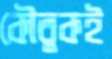
কৌতুকই